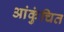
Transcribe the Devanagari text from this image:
आंकुंचित